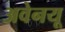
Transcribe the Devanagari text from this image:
अवेनयू